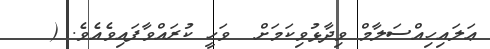
ޢަލައިހިއްސަލާމް ވިދާޅުވިކަމަށް  ވަޙީ ކުރައްވާފައިވެއެވެ. (